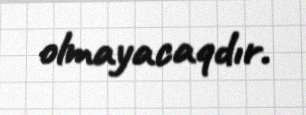
olmayacaqdır.